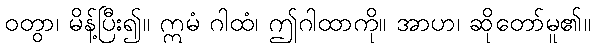
ဝတွာ၊ မိန့်ပြီး၍။ ဣမံ ဂါထံ၊ ဤဂါထာကို။ အာဟ၊ ဆိုတော်မူ၏။